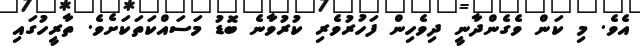
އެވެ. މި ކަން ވެގެންދާނީ ދިވެހިން ފަހުރުވެރި ކުރުވާނެ ބޮޑު މަސައްކަތަކަށެވެ. ތާރީހުގައި